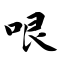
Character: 哏